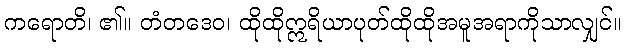
ကရောတိ၊ ၏။ တံတဒေဝ၊ ထိုထိုဣရိယာပုတ်ထိုထိုအမူအရာကိုသာလျှင်။